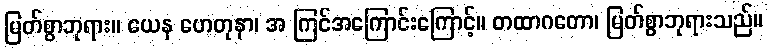
မြတ်စွာဘုရား။ ယေန ဟေတုနာ၊ အ ကြင်အကြောင်းကြောင့်။ တထာဂတော၊ မြတ်စွာဘုရားသည်။